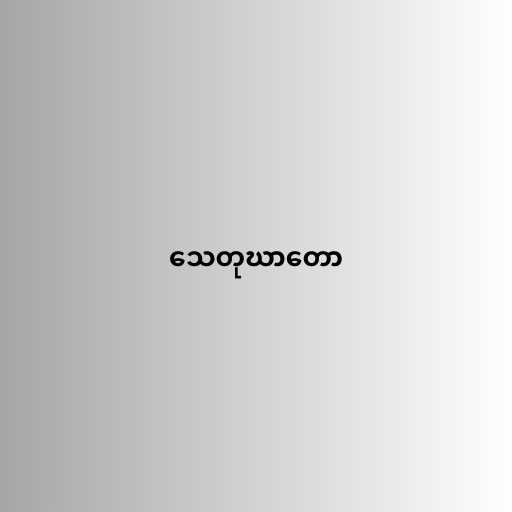
သေတုဃာတော